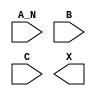
module sky130_fd_sc_hs__and3b (
    //# {{data|Data Signals}}
    input  A_N,
    input  B  ,
    input  C  ,
    output X
);

    // Voltage supply signals
    supply1 VPWR;
    supply0 VGND;

endmodule